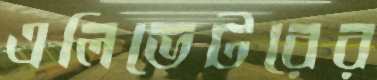
এলিভেটরের